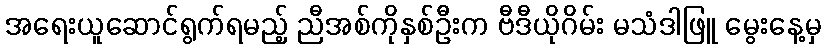
အရေးယူဆောင်ရွက်ရမည့် ညီအစ်ကိုနှစ်ဦးက ဗီဒီယိုဂိမ်း မသံဒါဖြူ မွေးနေ့မှ